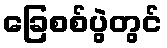
ခြေစစ်ပွဲတွင်